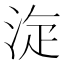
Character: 㳬